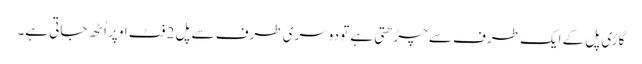
گاڑی پل کے ایک طرف سے چڑھتی ہے تو دوسری طرف سے پل 2 فٹ اوپر اُٹھ جاتی ہے۔